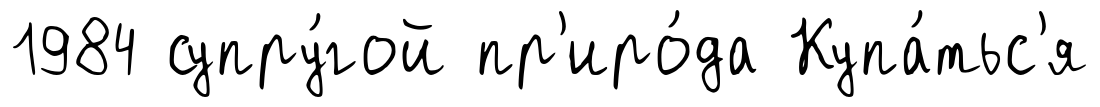
1984 супру́гой пр'иро́да Купа́тьс'я